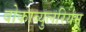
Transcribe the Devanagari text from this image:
वोकाब्युलरियम्